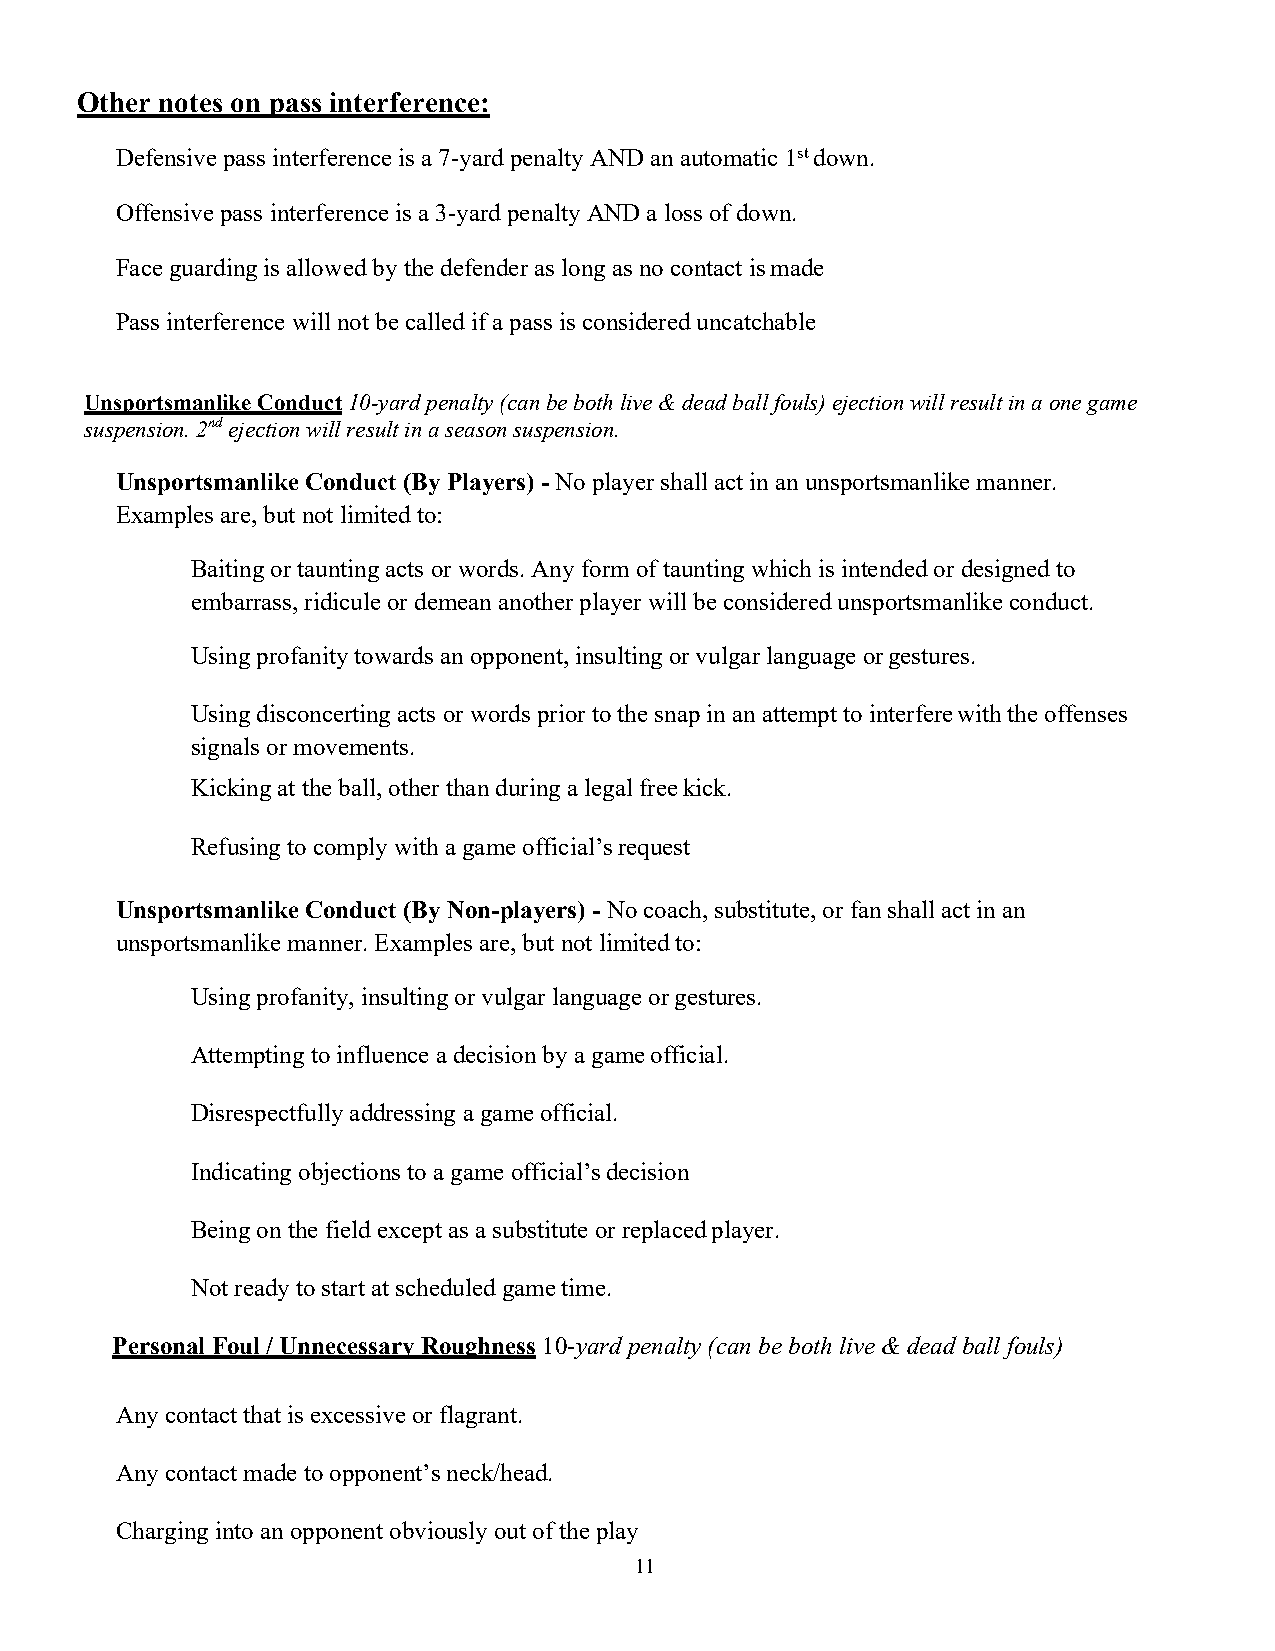
Other notes on pass interference:
 Defensive pass interference is a 7-yard penalty AND an automatic 1st down.
 Offensive pass interference is a 3-yard penalty AND a loss of down.
 Face guarding is allowed by the defender as long as no contact is made
 Pass interference will not be called if a pass is considered uncatchable
 Unsportsmanlike Conduct 10-yard penalty (can be both live & dead ball fouls) ejection will result in a one game
 suspension. 2nd ejection will result in a season suspension.
 Unsportsmanlike Conduct (By Players) - No player shall act in an unsportsmanlike manner.
 Examples are, but not limited to:
 Baiting or taunting acts or words. Any form of taunting which is intended or designed to
 embarrass, ridicule or demean another player will be considered unsportsmanlike conduct.
 Using profanity towards an opponent, insulting or vulgar language or gestures.
 Using disconcerting acts or words prior to the snap in an attempt to interfere with the offenses
 signals or movements.
 Kicking at the ball, other than during a legal free kick.
 Refusing to comply with a game official’s request
 Unsportsmanlike Conduct (By Non-players) - No coach, substitute, or fan shall act in an
 unsportsmanlike manner. Examples are, but not limited to:
 Using profanity, insulting or vulgar language or gestures.
 Attempting to influence a decision by a game official.
 Disrespectfully addressing a game official.
 Indicating objections to a game official’s decision
 Being on the field except as a substitute or replaced player.
 Not ready to start at scheduled game time.
 Personal Foul / Unnecessary Roughness 10-yard penalty (can be both live & dead ball fouls)
 Any contact that is excessive or flagrant.
 Any contact made to opponent’s neck/head.
 Charging into an opponent obviously out of the play
 11